Annual report of the Punjab Veterinary College and of the Civil Veterinary Department, Punjab - 1926-1932
Year: 1926
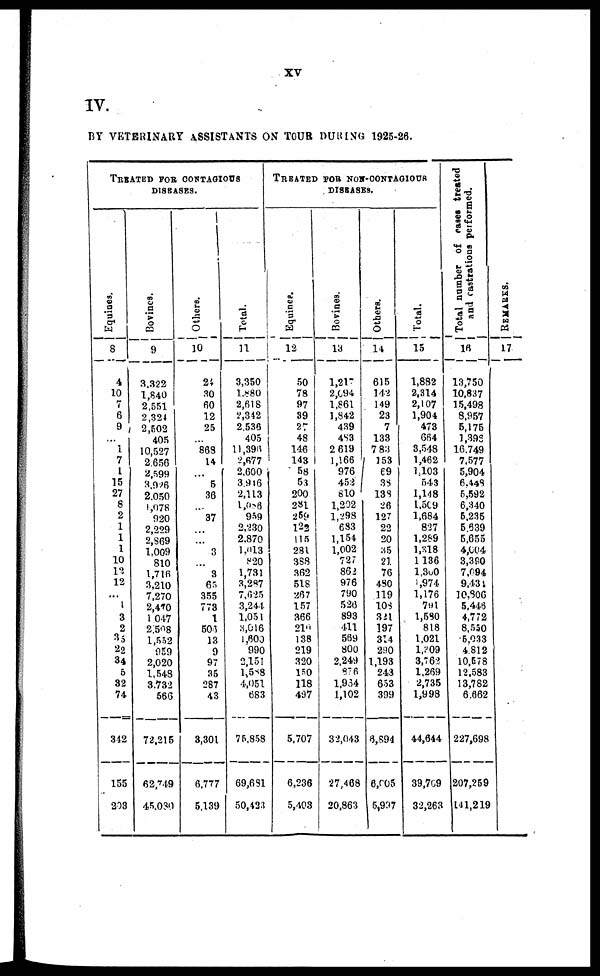
XV
IV.
BY VETERINARY ASSISTANTS ON TOUR DURING 1925-26.
TREATED FOR CONTAGIOUS
DISEASES.
Equines.
8
4
10
7
6
9
...
1
7
1
15
27
8
2
1
1
1
10
12
12
1
3
2
35
22
34
6
32
74
342
155
203
Bovines.
9
3,322
1,840
2,551
2,324
2,502
405
10,527
2656
2,599
3,926
2.050
1,078
920
2,229
2,869
1,009
810
1,716
3,210
7,270
2,470
1 047
2.508
1,552
959
2,020
1,548
3.732
566
72,215
62,749
45.030
Others.
10
24
30
60
12
25
...
868
14
...
5
36
...
37
...
...
3
...
3
65
355
773
1
508
13
9
97
35
287
43
3,301
6,777
5,139
Total.
11
3,350
1,880
2,618
2,342
2,536
405
11,396
2,677
2,600
3,916
2,113
1,086
959
2.230
2.870
1,013
820
1,731
3,287
7,625
3,244
1,051
3,616
1,600
990
2,151
1,588
4,051
683
75,858
69,681
50,42:1
TREATED FOR NON-CONTAGIOUR
DISSASES.
Equines.
12
50
78
97
39
27
48
146
143
58
53
200
281
259
122
115
281
388
362
518
267
157
366
210
138
219
320
150
118
497
5,707
6,236
5,403
Bovines.
13
1,217
2,694
1,861 |
1,842
439
483
2 619
1,166
976
452
810
1,202
1.293
683
1,154
1,002
727
862
976
790
526
893
411
569
800
2,249
876
1,934
1,102
32,043
27,468
20,863
Others.
14
615
142
149
23
7
133
7 83
153
69
38
138
26
127
22
20
35
21
76
480
119
104
321
197
314
290
1,193
243
653
399
6,894
6,005
5,997
Total.
15
1,882
2,314
2,107
1,904
473
664
3.548
1,462
1,103
543
1,148
1,509
1,684
827
1,289
1,318
1,136
1,300
1,974
1,176
791
1,580
818
1,021
1,809
3,762
1,269
2,735
1,998
44,644
39,709
32,263
Total number of cases treated
and castrations performed.
16
13,750
10,837
15,498
8,957
5,175
1,398
16.749
7,577
5,904
6.448
5,592
6,840
5,235
5.639
5,655
4,004
3,390
7,094
9,431
10,806
5,446
4,772
8,530
5,033
4.812
10,578
12,583
13,782
6.662
227,698
207,259
141,219
REMARKS.
17